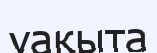
уақыта